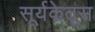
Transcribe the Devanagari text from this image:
सूर्यकेतूस